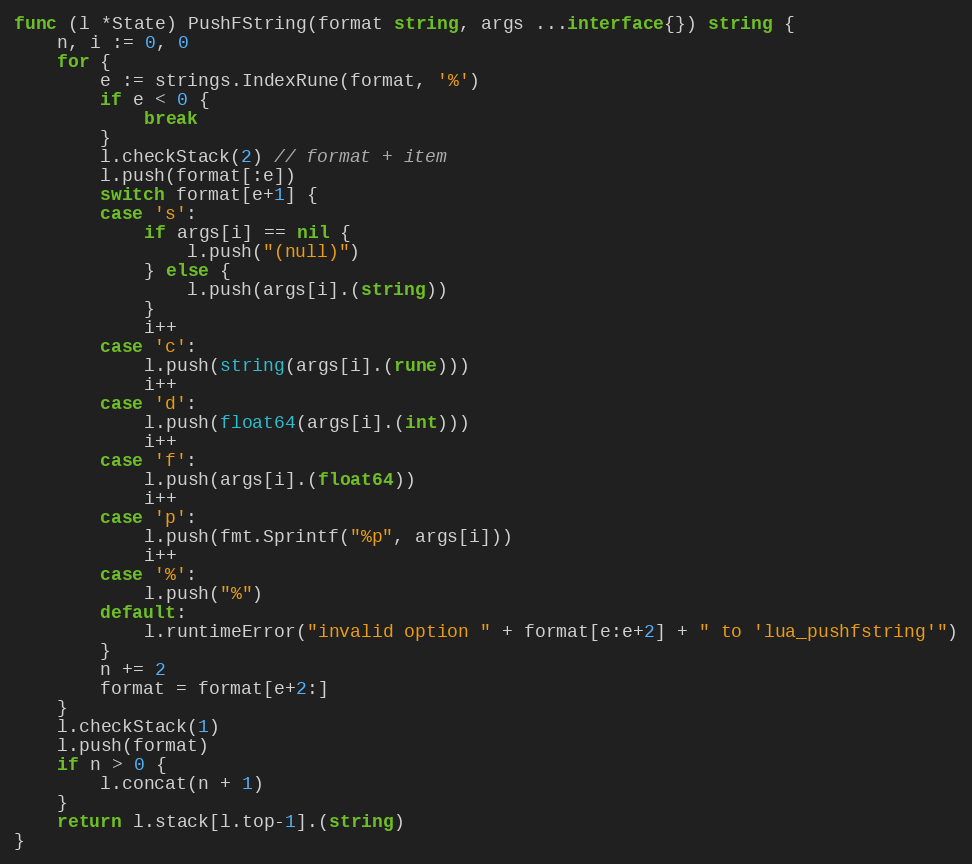
Language: Go
func (l *State) PushFString(format string, args ...interface{}) string {
	n, i := 0, 0
	for {
		e := strings.IndexRune(format, '%')
		if e < 0 {
			break
		}
		l.checkStack(2) // format + item
		l.push(format[:e])
		switch format[e+1] {
		case 's':
			if args[i] == nil {
				l.push("(null)")
			} else {
				l.push(args[i].(string))
			}
			i++
		case 'c':
			l.push(string(args[i].(rune)))
			i++
		case 'd':
			l.push(float64(args[i].(int)))
			i++
		case 'f':
			l.push(args[i].(float64))
			i++
		case 'p':
			l.push(fmt.Sprintf("%p", args[i]))
			i++
		case '%':
			l.push("%")
		default:
			l.runtimeError("invalid option " + format[e:e+2] + " to 'lua_pushfstring'")
		}
		n += 2
		format = format[e+2:]
	}
	l.checkStack(1)
	l.push(format)
	if n > 0 {
		l.concat(n + 1)
	}
	return l.stack[l.top-1].(string)
}